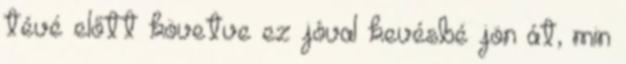
tévé előtt követve ez jóval kevésbé jön át, min